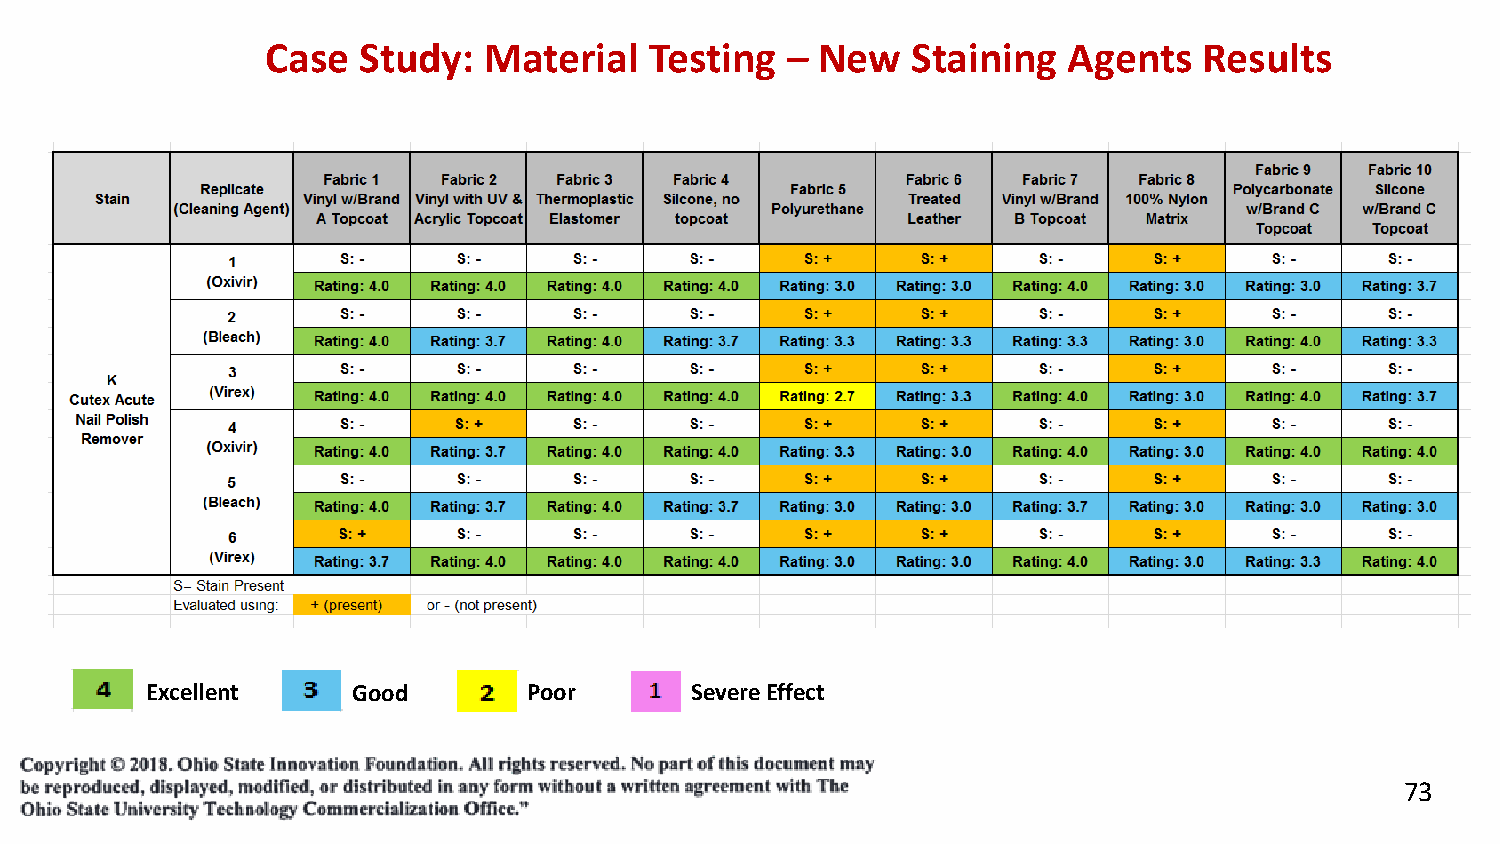
Case  Study:  Material   Testing  – New   Staining   Agents   Results
 Excellent    Good        Poor       Severe Effect
 73